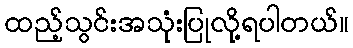
ထည့်သွင်းအသုံးပြုလို့ရပါတယ်။